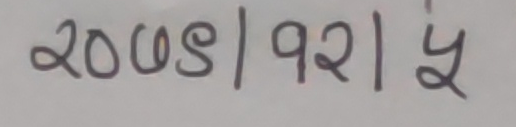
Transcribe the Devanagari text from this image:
२००४ | २०२ | ५